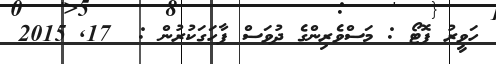
ހަވީރު ފޮޓޯ : މަސްވެރިންގެ ދުވަސް ފާހަގަކުރުން :  17